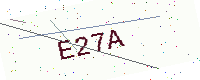
Text: E27A